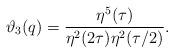
LaTeX: \begin{align*}\vartheta_3(q) =\frac{\eta^5(\tau)}{\eta^2(2\tau)\eta^2(\tau/2)}.\end{align*}